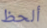
ألحظ